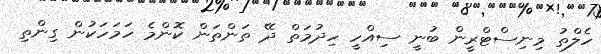
ހެލްތު މިނިސްޓްރީން ބުނީ ސިއްހީ ހިދުމަތް ދޭ ތަންތަން ކޮންމެ ހަމަހަކުން ގިންތި